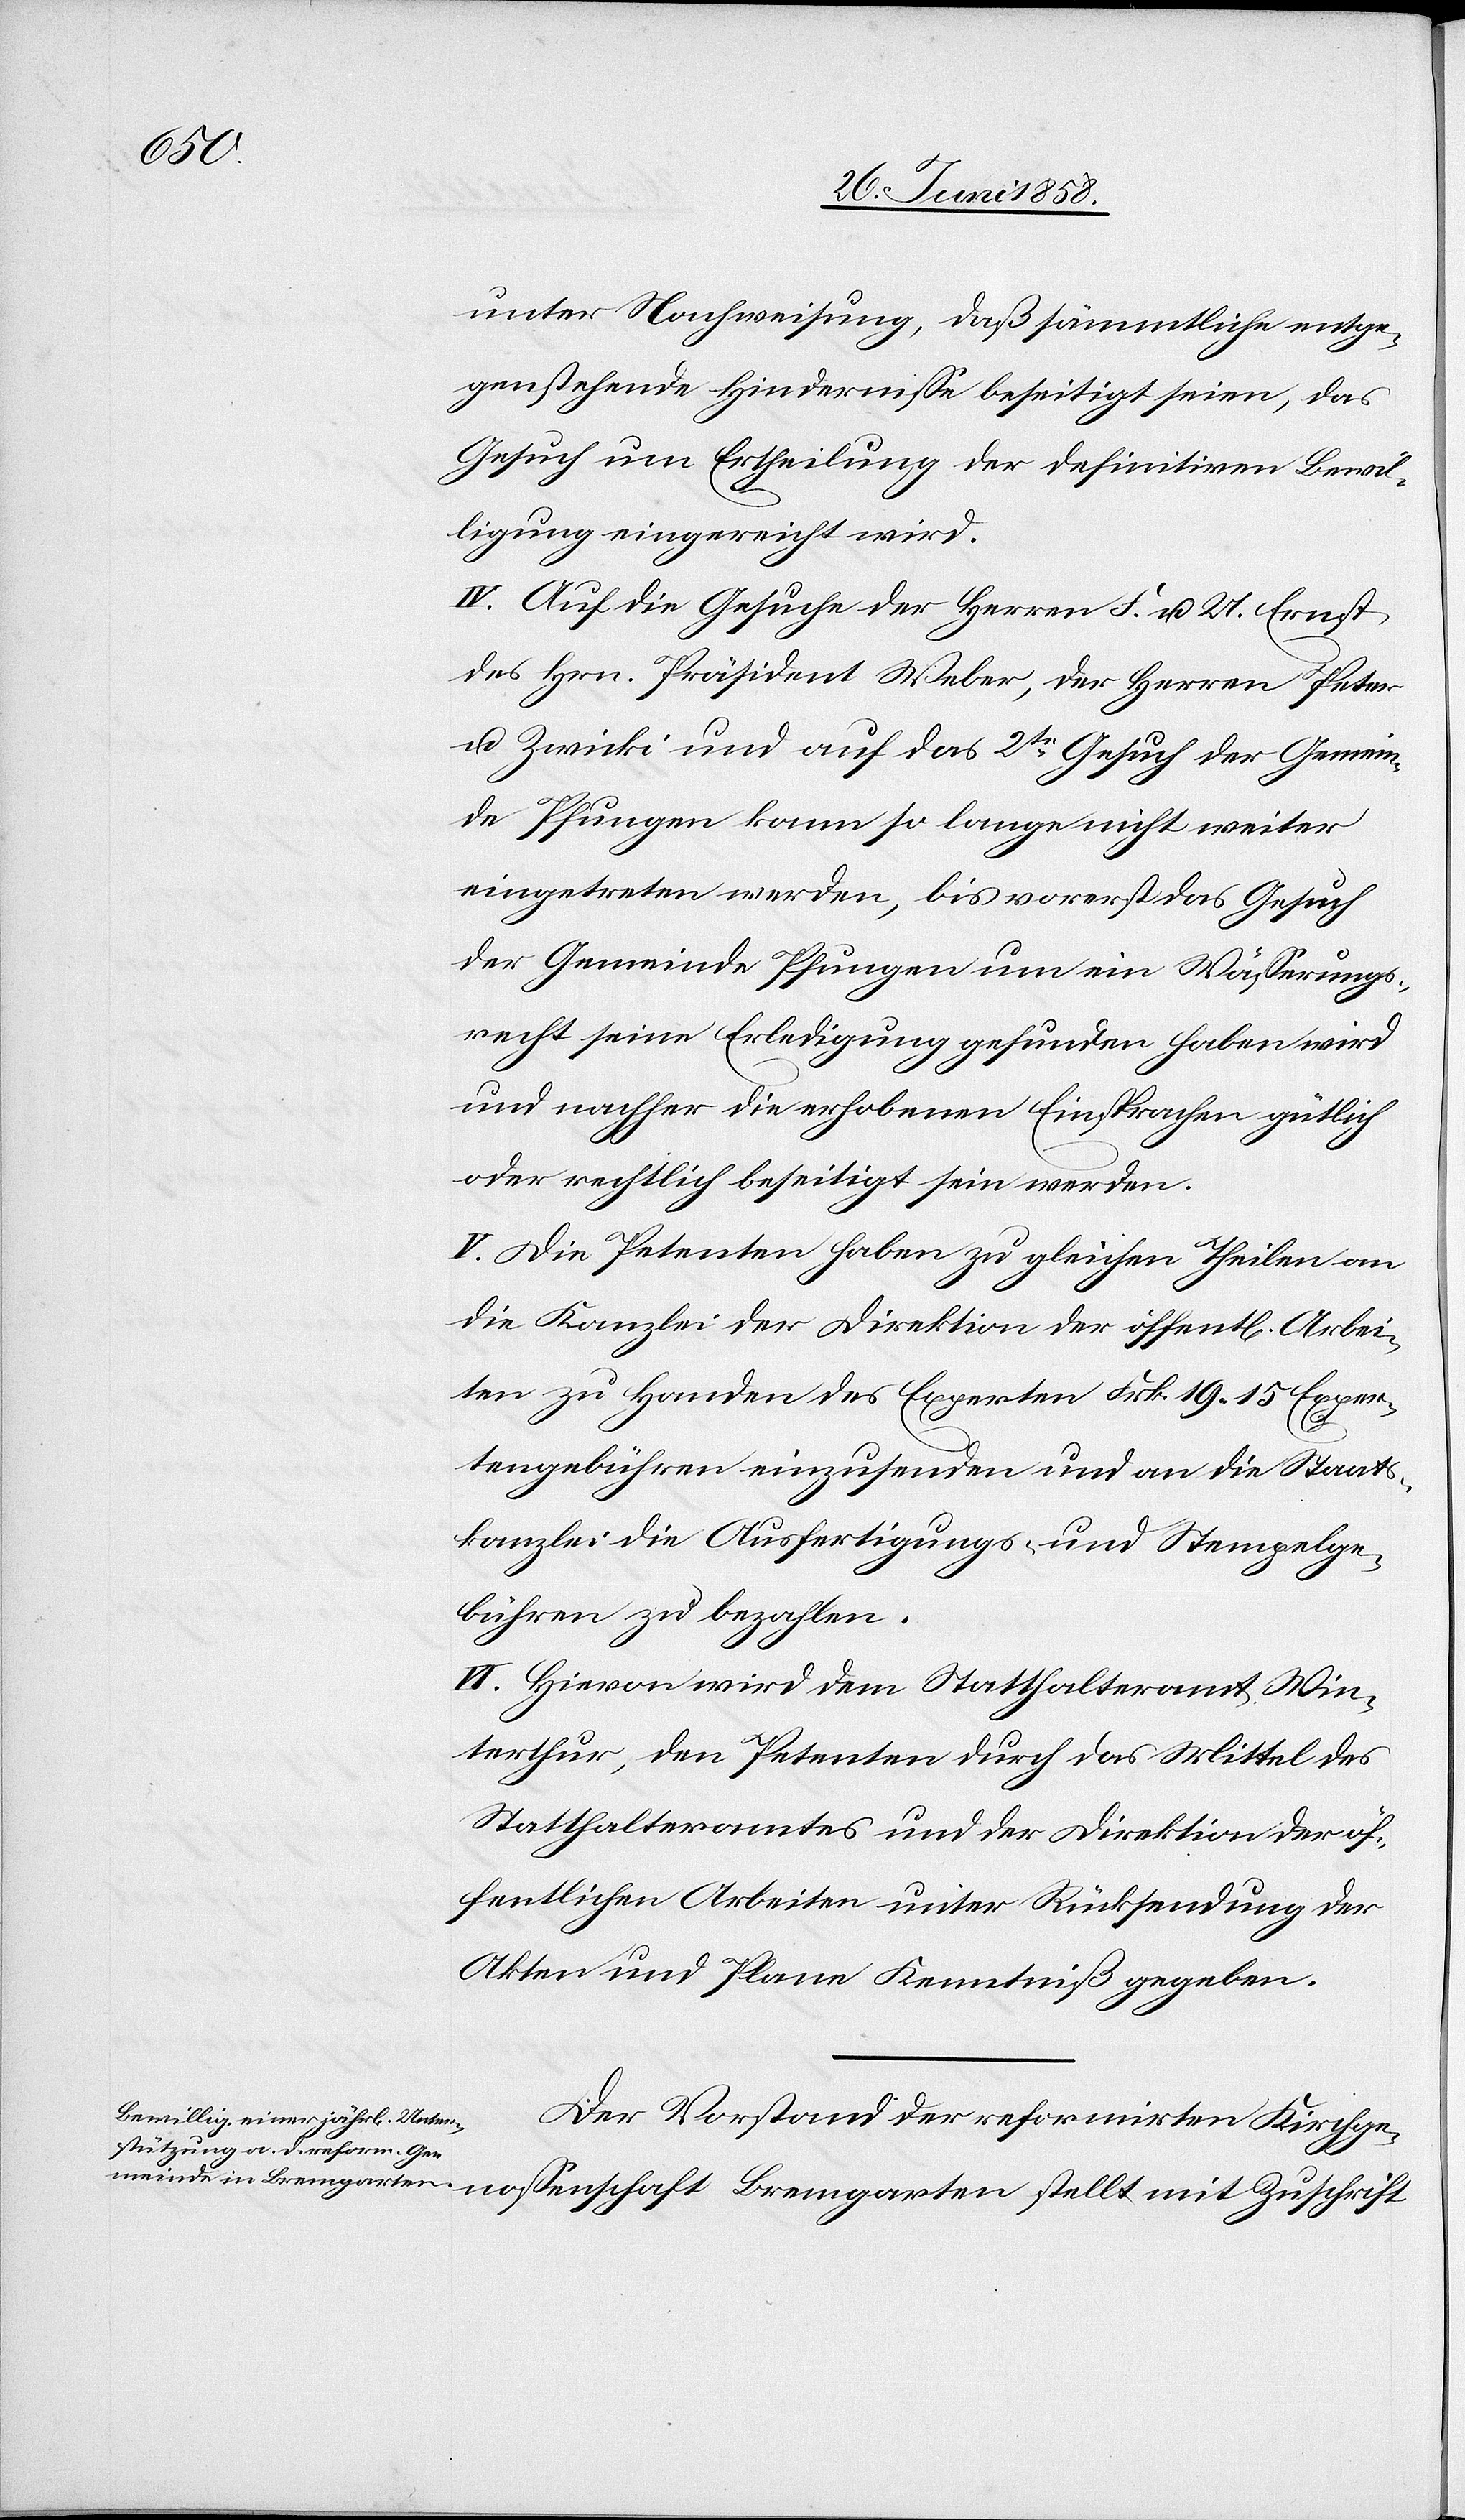
stellt

unter Nachweisung, daß sämmtliche entge¬
genstehende Hindernisse beseitigt seien, das
Gesuch um Ertheilung der definitiven Bewil¬
ligung eingereicht wird.
IV. Auf die Gesuche der Herren F. u. U. Ernst,
des Hrn. Präsident Weber, der Herren Peter
u. Zwicki und auf das 2te Gesuch der Gemein¬
de Pfungen kann so lange nicht weiter
eingetreten werden, bis vorerst das Gesuch
der Gemeinde Pfungen um ein Wässerungs¬
recht seine Erledigung gefunden haben wird
und nachher die erhobenen Einsprachen gütlich
oder rechtlich beseitigt sein werden.
V. Die Petenten haben zu gleichen Theilen an
die Kanzlei der Direktion der öffent[lichen] Arbei¬
ten zu Handen des Experten Frk. 19. 15 Exper¬
tengebühren einzusenden und an die Staats¬
kanzlei die Ausfertigungs- und Stempelge¬
bühren zu bezahlen.
VI. Hievon wird dem Statthalteramt Win¬
terthur, den Petenten durch das Mittel des
Statthalteramtes und der Direktion der öf¬
fentlichen Arbeiten unter Rücksendung der
Akten und Plane Kenntniß gegeben.
Der Vorstand der reformirten Kirchge¬